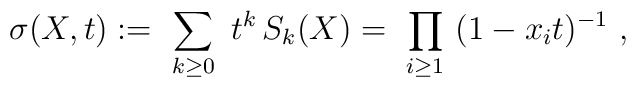
\sigma(X,t) := \ \sum_{k\geq 0} \ t^k\, S_k(X)= \ \prod_{i\geq 1}\ (1-x_it)^{-1}\ ,